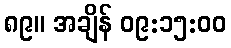
၈၉။ အချိန် ၀၉:၁၅:၀၀